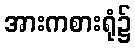
အားကစားရုံ၌